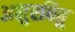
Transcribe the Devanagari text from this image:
असुरवितु